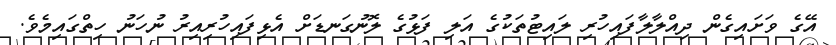
އޭގެ ވަށައިގެން ދިއްލާލާފައިހުރި ލައިޓުތަކުގެ އަލި ފަޅުގެ ލޮނުގަނޑަށް އެޅިފައިހުރިއިރު ނުހަނު ހިތްގައިމެވެ.